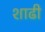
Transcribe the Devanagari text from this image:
शाढी